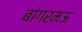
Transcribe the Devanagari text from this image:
बांगरमऊ